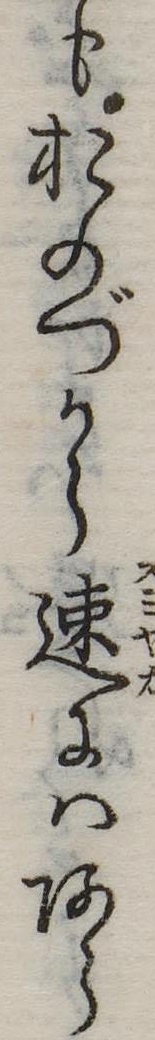
もおのづから速にはあら